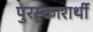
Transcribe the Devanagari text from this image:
पुरस्कारार्थी